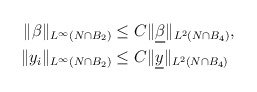
\begin{align*} \begin{aligned} \|\beta\|_{L^{\infty}(N\cap B_2)} &\leq C\|\underline{\beta}\|_{L^{2}(N\cap B_4)},\\ \|y_i\|_{L^{\infty}(N\cap B_2)} &\leq C\|\underline{y}\|_{L^{2}(N\cap B_4)} \end{aligned} \end{align*}